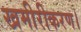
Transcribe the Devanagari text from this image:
खमीरीकरण।